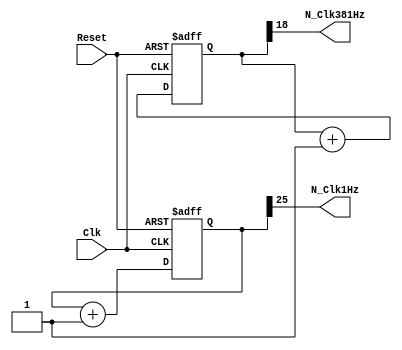
`timescale 1ns / 1ps
//////////////////////////////////////////////////////////////////////////////////
// Company: 
// Engineer: 
// 
// Design Name: 
// Module Name: ClockDivider
// Project Name: 
// Target Devices: 
// Tool Versions: 
// Description: 
// 
// Dependencies: 
// 
// Revision:
// Revision 0.01 - File Created
// Additional Comments:
// 
//////////////////////////////////////////////////////////////////////////////////


module ClockDivider(
    input Clk,
    input Reset,
    output N_Clk1Hz,
    output N_Clk381Hz
    );
    reg [25:0] counter1 = 26'b0;    //26-bit counter = 1Hz
    reg [18:0] counter2 = 19'b0;    //18-bit counter = 381Hz
    
    //Clock Divider (1Hz and 381Hz)
    always @(posedge Clk, posedge Reset)
        if(Reset)
            begin
            counter1 <= 26'b0;
            counter2 <= 19'b0;
            end
            
            else
            begin
            counter1 <= counter1 + 1'b1;
            counter2 <= counter2 + 1'b1;
            end
            
    
    assign N_Clk1Hz = counter1[25];
    assign N_Clk381Hz = counter2[18];
            
endmodule